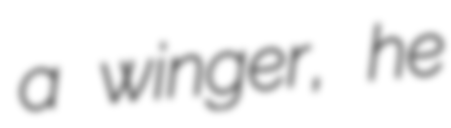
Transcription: a winger, he